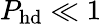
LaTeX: P_{\mathrm{hd}}\ll 1